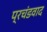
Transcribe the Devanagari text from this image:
प्रचंडवाद